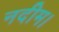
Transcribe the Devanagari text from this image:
नदीम।